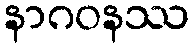
နာဂဝနဿ